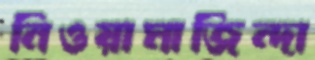
নিওয়ামাজিন্দা